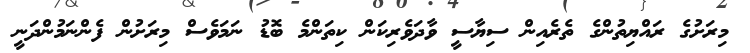
މިރަށުގެ ރައްޔިތުންގެ ތެރެއިން ސިޔާސީ ވާދަވެރިކަން ކިތަންމެ ބޮޑު ނަމަވެސް މިރަށުން ފެންނަމުންދަނީ